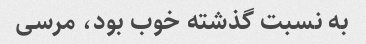
به نسبت گذشته خوب بود، مرسی